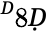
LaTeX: ^Ḋ8Ḍ